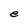
Character: e